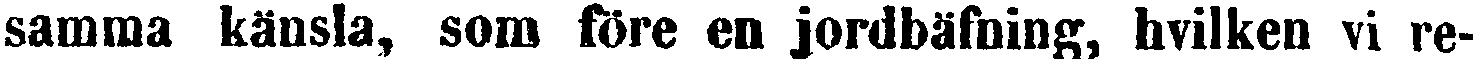
samma känsla, som före en jordbäfning, hvilken vi re-